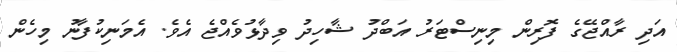
އަދި ރާއްޖޭގެ ފޮރިން މިނިސްޓަރު އަބްދު ޝާހިދު ވިދާޅުވެއްޖެ އެވެ. އެމަނިކުފާނު މިހެން